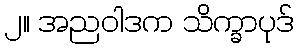
၂။ အညဝါဒက သိက္ခာပုဒ်